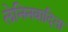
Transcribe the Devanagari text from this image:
लेनिनवादिता